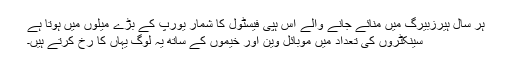
ہر سال ہیرزبیرگ میں منائے جانے والے اس ہپی فیسٹول کا شمار یورپ کے بڑے میلوں میں ہوتا ہے
سینکٹروں کی تعداد میں موبائل وین اور خیموں کے ساتھ یہ لوگ یہاں کا رخ کرتے ہیں۔